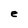
Character: e